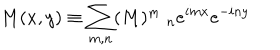
M ( x , y ) \equiv \sum _ { m , n } ( M ) _ { \quad n } ^ { m } e ^ { i m x } e ^ { - i n y }